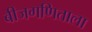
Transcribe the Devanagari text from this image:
बीजगणिताला